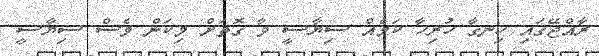
ރާއްޖޭގައި ހިނގާ ހުރިހާ ކަމެއް ސިޔާސީ ވާ ގޮތަށް މިކަން ވެސް ސިޔާސީ